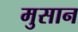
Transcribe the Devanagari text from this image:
मुसान